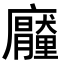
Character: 𭚐